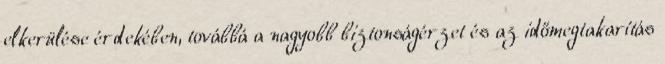
elkerülése érdekében, továbbá a nagyobb biztonságérzet és az időmegtakarítás